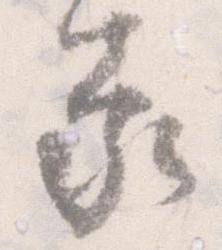
承